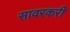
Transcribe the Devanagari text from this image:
सावरकरी